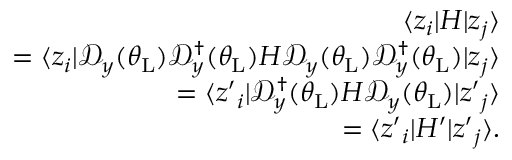
\begin{array} { r l r } & { } & { \langle z _ { i } | H | z _ { j } \rangle } \\ & { } & { = \langle z _ { i } | \mathcal { D } _ { y } ( \theta _ { \mathrm { L } } ) \mathcal { D } _ { y } ^ { \dagger } ( \theta _ { \mathrm { L } } ) H \mathcal { D } _ { y } ( \theta _ { \mathrm { L } } ) \mathcal { D } _ { y } ^ { \dagger } ( \theta _ { \mathrm { L } } ) | z _ { j } \rangle } \\ & { } & { = \langle z { ' } _ { i } | \mathcal { D } _ { y } ^ { \dagger } ( \theta _ { \mathrm { L } } ) H \mathcal { D } _ { y } ( \theta _ { \mathrm { L } } ) | z { ' } _ { j } \rangle } \\ & { } & { = \langle z { ' } _ { i } | H ^ { \prime } | z { ' } _ { j } \rangle . } \end{array}